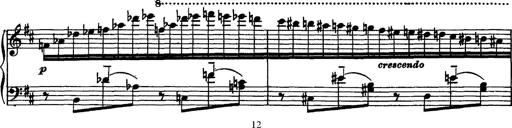
Title: Piano Sonata
Composer: Karl HÃ¤ssler
Key: C major